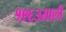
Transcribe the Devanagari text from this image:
१९६३साली